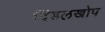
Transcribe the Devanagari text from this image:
दिंडलखोप